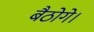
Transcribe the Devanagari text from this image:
बैठोगे।